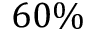
6 0 \%